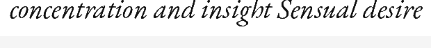
concentration and insight Sensual desire